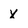
Character: X